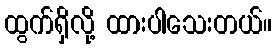
ထွက်ရှိလို့ ထားပါသေးတယ်။